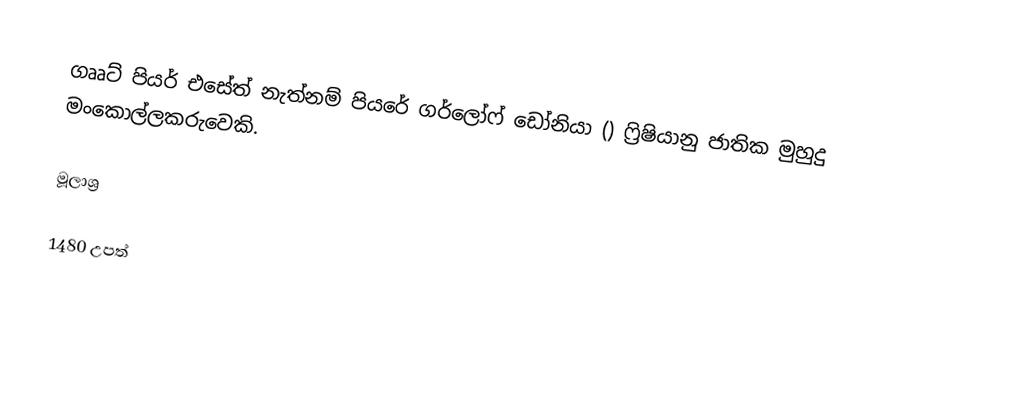
ගෲට් පියර් එසේත් නැත්නම් පියරේ ගර්ලෝෆ් ඩෝනියා () ෆ්‍රිෂියානු ජාතික මුහුදු මංකොල්ලකරුවෙකි.

මූලාශ්‍ර

1480 උපත්